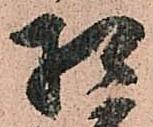
相